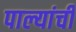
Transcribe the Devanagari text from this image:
पाल्यांची